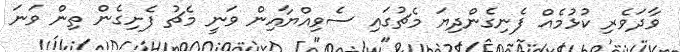
ވާދަވެރި ކުޅުމެއް ފެނިގެންދިޔަ މެޗުގައި ސެވިއްޔާއިން ވަނީ މެޗު ފެށިގެން ތިން ވަނަ